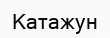
Катажун